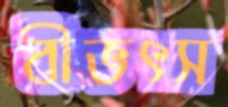
বীভৎস